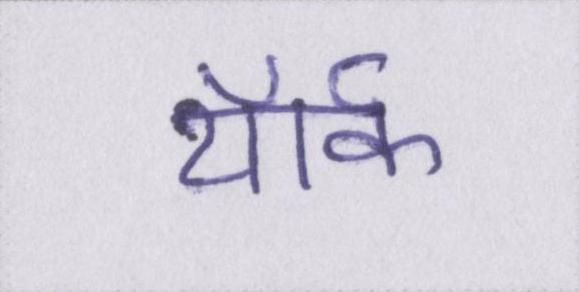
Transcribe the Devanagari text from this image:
यॉर्क